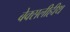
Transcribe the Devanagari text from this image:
बेक्सलीहीथ